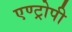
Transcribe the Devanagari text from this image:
एण्ट्रोपी